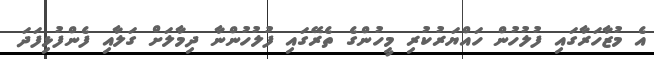
އެ މުޒާހަރާގައި ފުލުހުން ހައްޔަރުކުރި މީހުންގެ ތެރޭގައި ފުލުހުންނާ ދިމާލަށް ގަލާއި ފެންފުޅިފަދަ